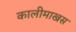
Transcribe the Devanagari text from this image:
कालीमाखस